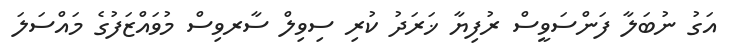
އަގު ނުބަލާ ފަންސަވީސް ރުފިޔާ ޚަރަދު ކުރި ސިވިލް ސާރވިސް މުވައްޒަފުގެ މައްސަލަ